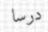
درسا